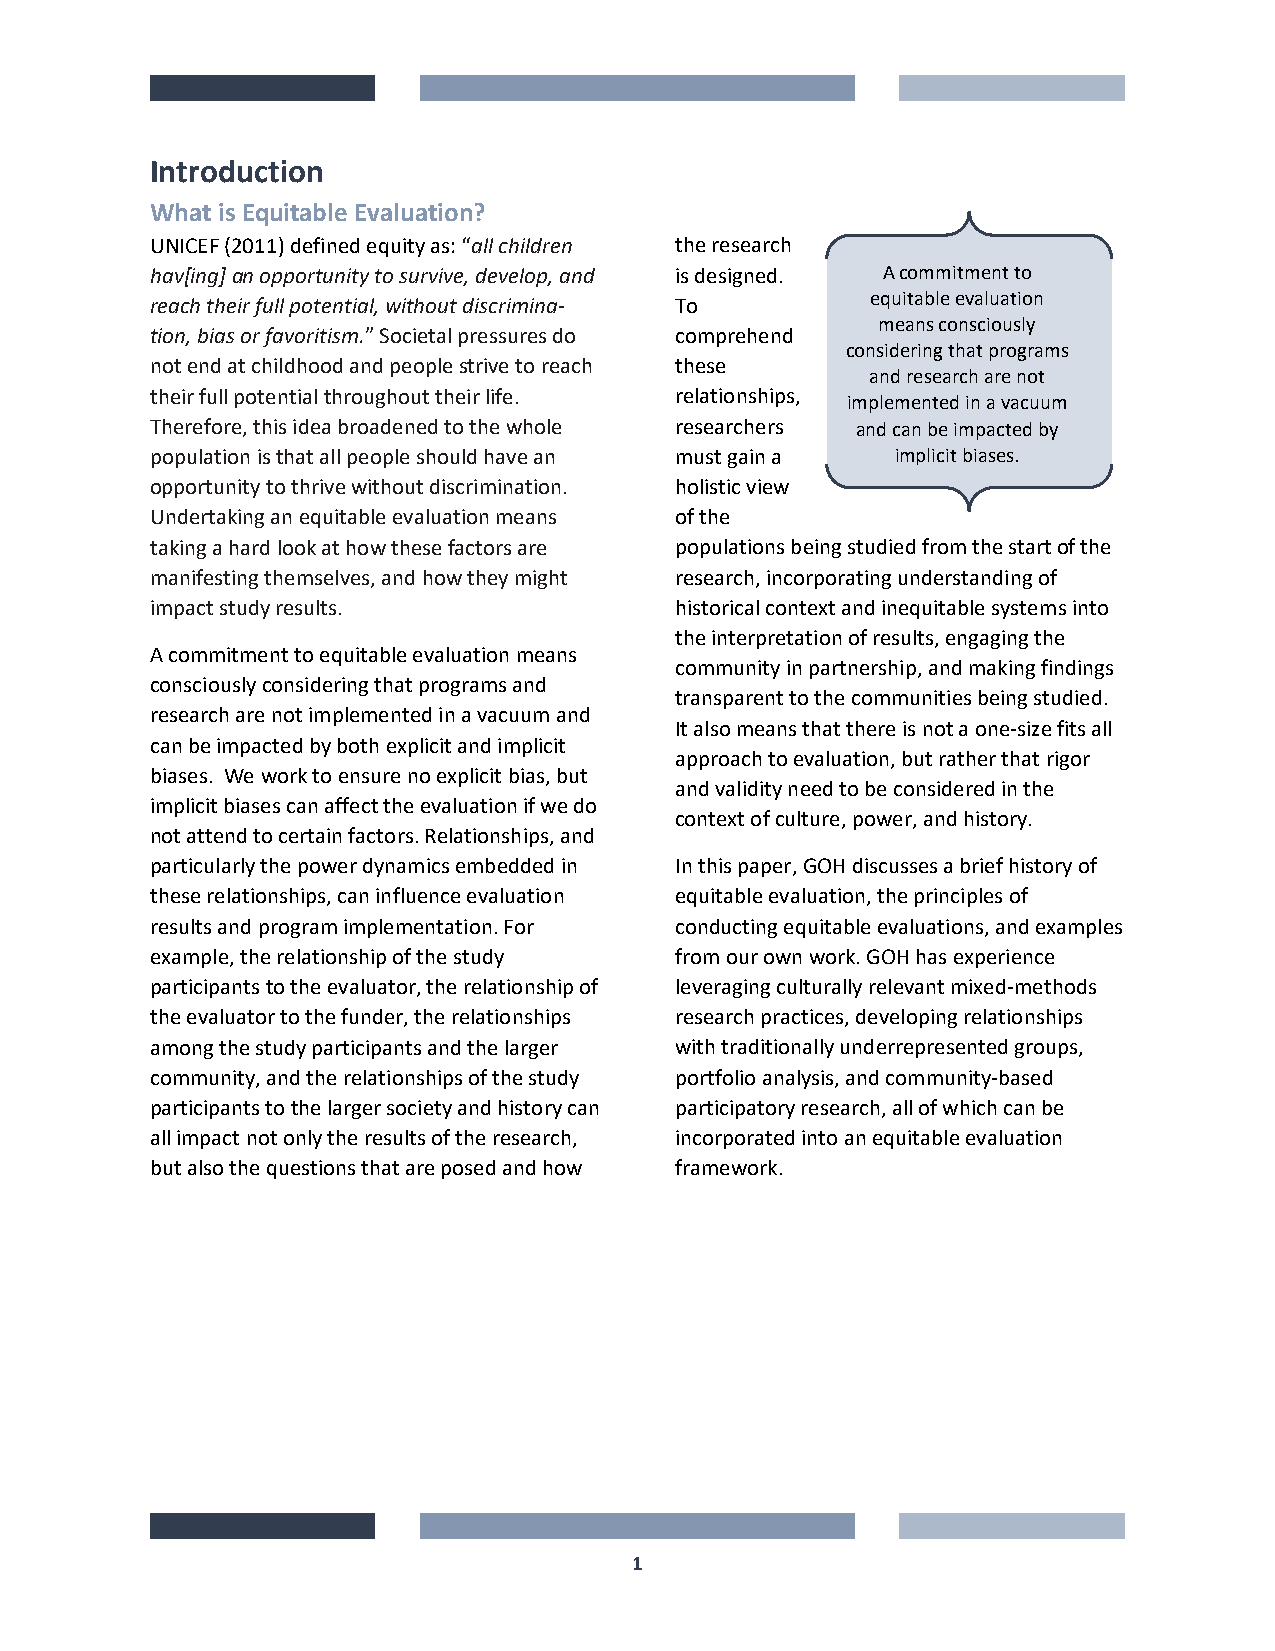
Introduction
 What is Equitable Evaluation?
 UNICEF (2011) defined equity as: “all children the research
 hav[ing] an opportunity to survive, develop, and is designed. A commitment to
 reach their full potential, without discrimina- To equitable evaluation
 means consciously
 tion, bias or favoritism.” Societal pressures do comprehend
 considering that programs
 not end at childhood and people strive to reach these
 and research are not
 their full potential throughout their life. relationships,
 implemented in a vacuum
 Therefore, this idea broadened to the whole researchers and can be impacted by
 population is that all people should have an must gain a implicit biases.
 opportunity to thrive without discrimination. holistic view
 Undertaking an equitable evaluation means of the
 taking a hard look at how these factors are populations being studied from the start of the
 manifesting themselves, and how they might research, incorporating understanding of
 impact study results.              historical context and inequitable systems into
 the interpretation of results, engaging the
 A commitment to equitable evaluation means
 community in partnership, and making findings
 consciously considering that programs and
 transparent to the communities being studied.
 research are not implemented in a vacuum and
 It also means that there is not a one-size fits all
 can be impacted by both explicit and implicit
 approach to evaluation, but rather that rigor
 biases. We work to ensure no explicit bias, but
 and validity need to be considered in the
 implicit biases can affect the evaluation if we do
 context of culture, power, and history.
 not attend to certain factors. Relationships, and
 particularly the power dynamics embedded in In this paper, GOH discusses a brief history of
 these relationships, can influence evaluation equitable evaluation, the principles of
 results and program implementation. For conducting equitable evaluations, and examples
 example, the relationship of the study from our own work. GOH has experience
 participants to the evaluator, the relationship of leveraging culturally relevant mixed-methods
 the evaluator to the funder, the relationships research practices, developing relationships
 among the study participants and the larger with traditionally underrepresented groups,
 community, and the relationships of the study portfolio analysis, and community-based
 participants to the larger society and history can participatory research, all of which can be
 all impact not only the results of the research, incorporated into an equitable evaluation
 but also the questions that are posed and how framework.
 1